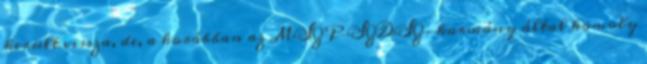
került vissza, de, a korábban az MSZP–SZDSZ-kormány által komoly